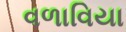
વળાવિયા